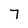
Character: 7